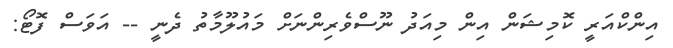
އިންކްއަރީ ކޮމިޝަން އިން މިއަދު ނޫސްވެރިންނަށް މައުލޫމާތު ދެނީ -- އަވަސް ފޮޓޯ: